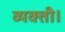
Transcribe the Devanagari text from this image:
व्यक्ती।